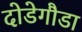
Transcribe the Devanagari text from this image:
दोडेगौडा